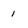
Character: 1